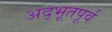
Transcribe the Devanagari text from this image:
अद्भूतपूर्व